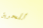
للحريق